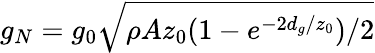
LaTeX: g_{N}=g_{0}\sqrt{\rho Az_{0}(1-e^{-2d_{g}/z_{0}})/2}